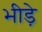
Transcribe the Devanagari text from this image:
भीड़े